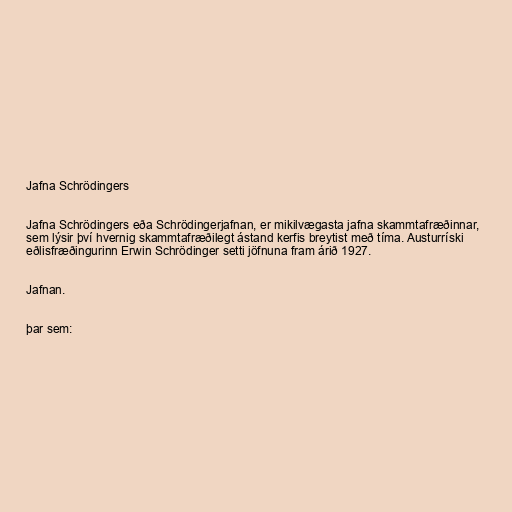
Jafna Schrödingers

Jafna Schrödingers eða Schrödingerjafnan, er mikilvægasta jafna skammtafræðinnar,
sem lýsir því hvernig skammtafræðilegt ástand kerfis breytist með tíma. Austurríski
eðlisfræðingurinn Erwin Schrödinger setti jöfnuna fram árið 1927.

Jafnan.

þar sem: